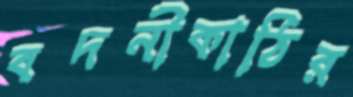
বদনীকাঠির